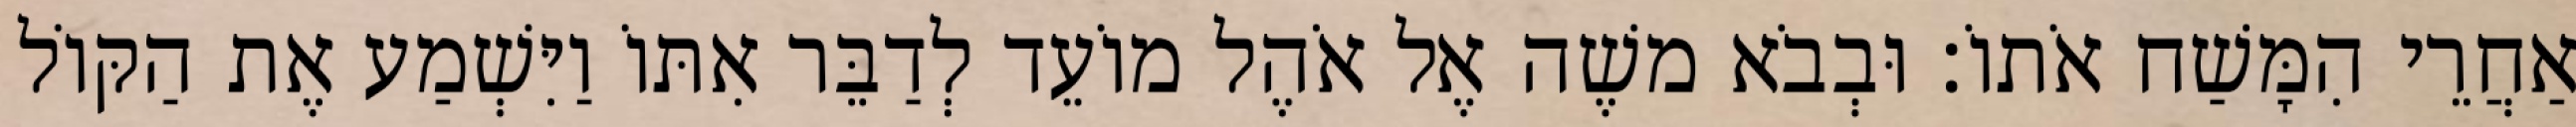
אַחֲרֵי הִמָּשַׁח אֹתוֹ׃ וּבְבֹא משֶׁה אֶל אֹהֶל מוֹעֵד לְדַבֵּר אִתּוֹ וַיִּשְׁמַע אֶת הַקּוֹל